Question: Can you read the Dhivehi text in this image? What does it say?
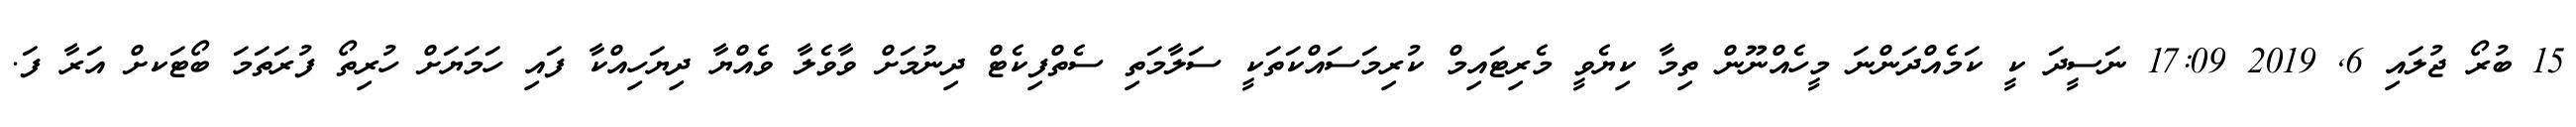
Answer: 15 ބުރޯ ޖުލައި 6, 2019 17:09 ނަސީދަ ކީ ކަމެއްދަންނަ މީހެއްނޫން ތިމާ ކިޔެވީ މެރިޓައިމް ކުރިމަސައްކަތަކީ ސަލާމަތި ސެތްފިކެޓް ދިނުމަށް ވާވެލާ ވެއްޔާ ދިޔަހިއްކާ ފައި ހަމަޔަށް ހުރިތޯ ފުރަތަމަ ބޯޓަކށް އަރާ ފަ.